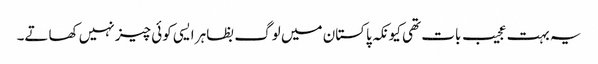
یہ بہت عجیب بات تھی کیونکہ پاکستان میں لوگ بظاہر ایسی کوئی چیز نہیں کھاتے۔